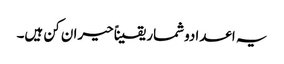
یہ اعدادوشمار یقیناً حیران کن ہیں۔